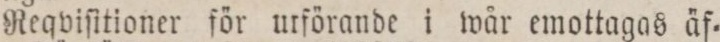
Reqviſitioner för urförande i wår emottagas äf=